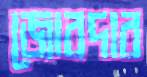
জোরদার